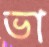
ভা